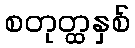
စတုတ္ထနှစ်